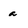
Character: a